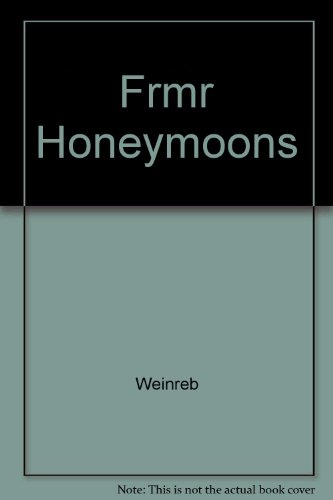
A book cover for Frmr Honeymoons; Weinreb; Crafts, Hobbies & Home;